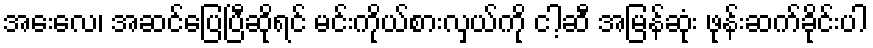
အေးလေ၊ အဆင်ပြေပြီဆိုရင် မင်းကိုယ်စားလှယ်ကို ငါ့ဆီ အမြန်ဆုံး ဖုန်းဆက်ခိုင်းပါ